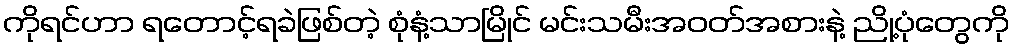
ကိုရင်ဟာ ရတောင့်ရခဲဖြစ်တဲ့ စုံနံ့သာမြိုင် မင်းသမီးအဝတ်အစားနဲ့ ညို့ပုံတွေကို